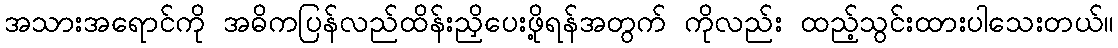
အသားအရောင်ကို အဓိကပြန်လည်ထိန်းညှိပေးဖို့ရန်အတွက် ကိုလည်း ထည့်သွင်းထားပါသေးတယ်။